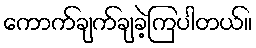
ကောက်ချက်ချခဲ့ကြပါတယ်။